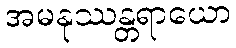
အမနုဿန္တရာယော